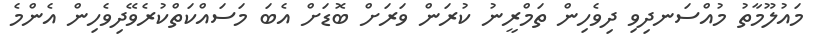
މައުލޫމާތު މުއްސަނދިވި ދިވެހިން ތަމްރީނު ކުރަން ވަރަށް ބޮޑަށް އެބަ މަސައްކަތްކުރެވޭދިވެހިން އެންމެ